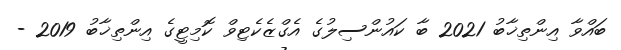
ބައްވާ އިންތިޚާބު 2021 ބާ ކައުންސިލުގެ އެގްޒެކެޓިވް ކޮމިޓީގެ އިންތިޚާބު 2019 -